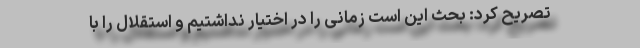
تصریح کرد: بحث این است زمانی را در اختیار نداشتیم و استقلال را با